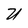
Character: U